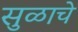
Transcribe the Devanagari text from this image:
सुळाचे